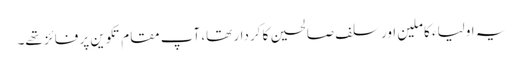
یہ اولیاء کاملین اور سلف صالحین کا کردار تھا، آپ مقام تکوین پر فائز تھے۔